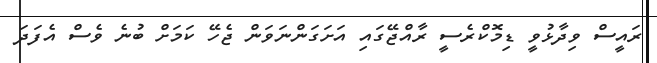
ރައީސް ވިދާޅުވީ ޑިމޮކްރެސީ ރާއްޖޭގައި އަށަގަންނަވަން ޖެހޭ ކަމަށް ބުނެ ވެސް އެފަދަ